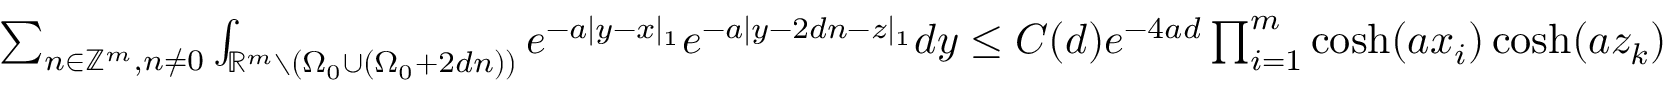
\begin{array} { r } { \sum _ { n \in \mathbb { Z } ^ { m } , n \neq 0 } \int _ { \mathbb { R } ^ { m } \setminus ( { \Omega _ { 0 } } \cup ( { \Omega _ { 0 } } + 2 d n ) ) } e ^ { - a | y - x | _ { 1 } } e ^ { - a | y - 2 d n - z | _ { 1 } } d y \leq C ( d ) e ^ { - 4 a d } \prod _ { i = 1 } ^ { m } \cosh ( a x _ { i } ) \cosh ( a z _ { k } ) } \end{array}